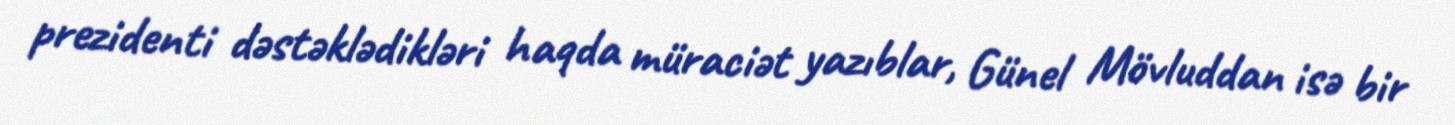
prezidenti dəstəklədikləri haqda müraciət yazıblar, Günel Mövluddan isə bir